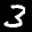
Label: 3